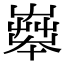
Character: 𡴨